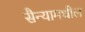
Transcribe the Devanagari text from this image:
सैन्यामधील